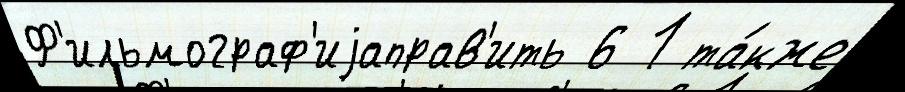
Ф'ильмограф'иjаправ'ить 6 1 та́кже